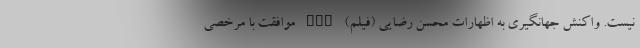
نیست. واکنش جهانگیری به اظهارات محسن رضایی (فیلم) nan موافقت با مرخصی